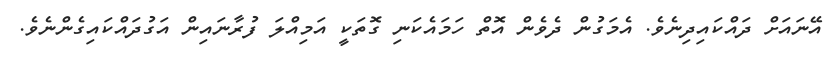
އޭނައަށް ދައްކައިދިނެވެ. އެމަގުން ދެވެން އޮތް ހަމައެކަނި ގޮތަކީ އަމިއްލަ ފުރާނައިން އަގުދައްކައިގެންނެވެ.